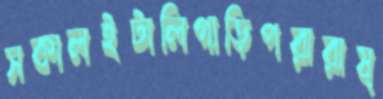
সকালইটালিগাড়িপরারাষ্